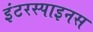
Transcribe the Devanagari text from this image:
इंटरस्पाइनस